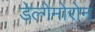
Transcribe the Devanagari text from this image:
डेल्गेमोरोन